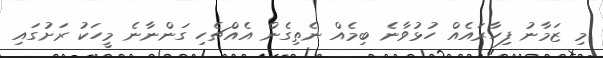
މި ޒަމާނު ފިހާރައެއް ހުޅުވާނެ ބިމެއް ނެތިގެން އެއްޗެހި ގަންނާނެ މީހަކު ރަށުގައި